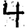
Digit: 4